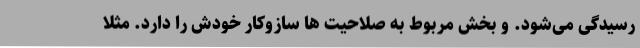
رسیدگی می‌شود. و بخش مربوط به صلاحیت ها سازوکار خودش را دارد. مثلا